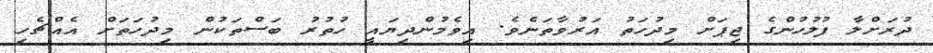
ދުރަށްލާ ފުލުހުންގެ ޖިޕަށް މިދުހަތު އަރުވާތަނެވެ. އިވެމުންދިޔައީ ހުތުރު ބަސްތަކުން މިދުހަތަށް އެއްޗެހި